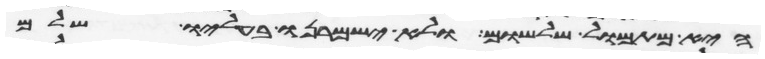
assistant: היא מתמול שלשום ולא ישמרנו בעליו שלם